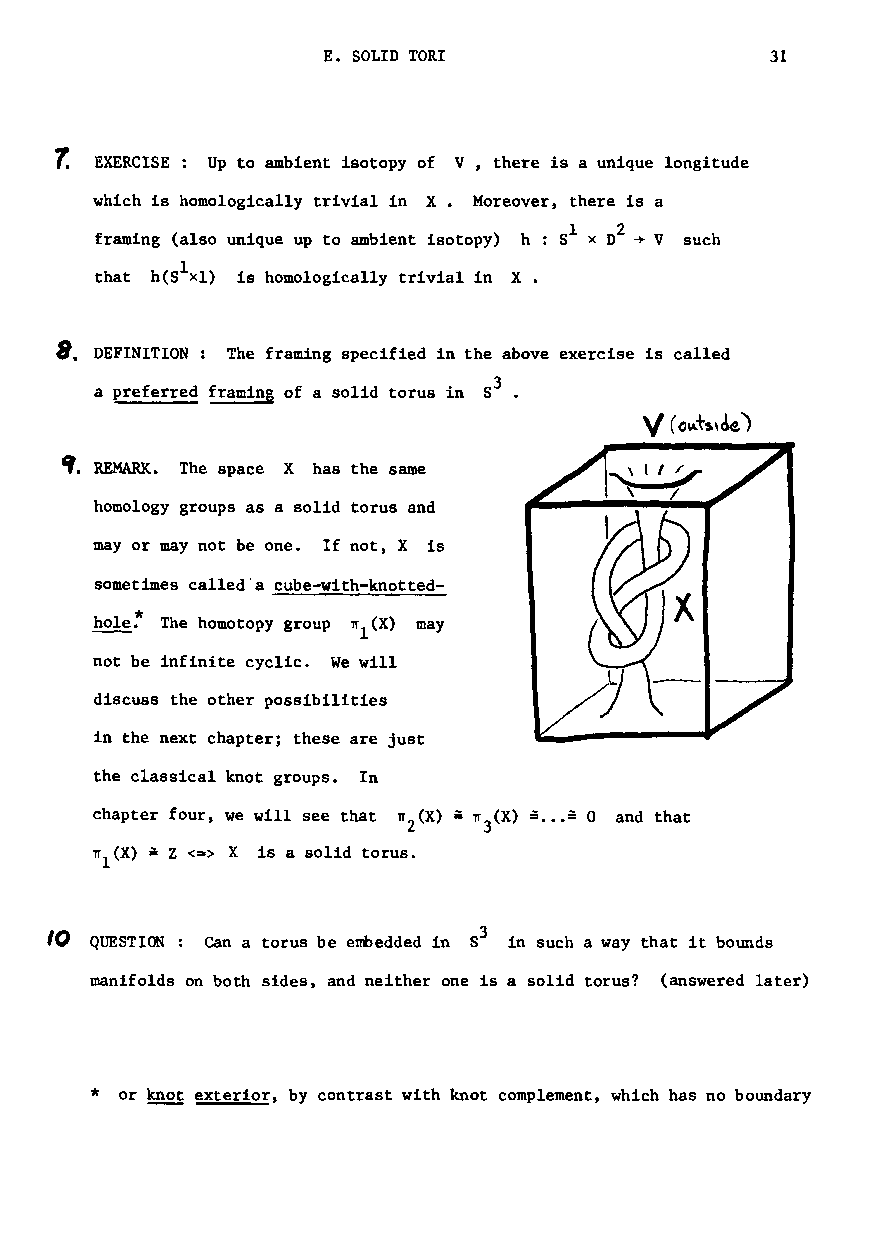
E. SOLID TORI                 31
 7.
 EXERCISE Up to ambient isotopy of V, there is a unique longitude
 which is homologically trivial in X. Moreover, there is a
 1  2
 framing (also unique up to ambient isotopy) h: S x D ~ V such
 that h(SlXl) is homologically trivial in X.
 ~. DEFINITION: The framing specified in the above exercise is called
 a preferred framing of a solid torus in S3.
 ,. REMARK. The space X has the same
 homology groups as a solid torus and
 mayor may not be one. If not, X is
 sometimes called"a cube-with-knotted-
 hole~ The homotopy group ~l(X) may
 not be infinite cyclic. We will
 discuss the other possibilities
 in the next chapter; these are just
 the classical knot groups. In
 chapter four, we will see that TI (X) - TI (X) -...- 0 and that
 2    3
 =
 TI1(X) Z <=> X is a solid torus.
 3
 10 QUESTION: can a torus be embedded in 8 in such a way that it bounds
 manifolds on both sides, and neither one is a solid torus? (answered later)
 *
 or knot exterior, by contrast with knot complement, which has no boundary